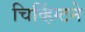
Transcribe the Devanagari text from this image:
चिव्हिंग्टने